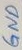
Text: GND